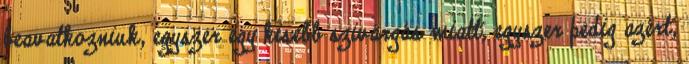
beavatkozniuk, egyszer egy kisebb szivárgás miatt, egyszer pedig azért,